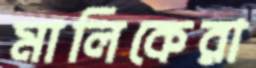
মালিকেরা